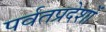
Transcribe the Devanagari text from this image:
पर्वतप्रदेशों